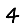
Digit: 4